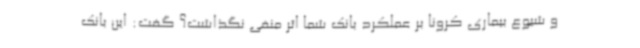
و شیوع بیماری کرونا بر عملکرد بانک شما اثر منفی نگذاشت؟ گفت: این بانک